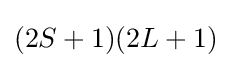
(2S+1)(2L+1)